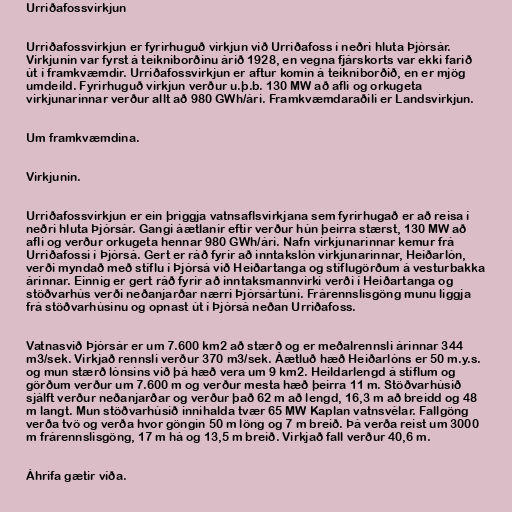
Urriðafossvirkjun

Urriðafossvirkjun er fyrirhuguð virkjun við Urriðafoss í neðri hluta Þjórsár.
Virkjunin var fyrst á teikniborðinu árið 1928, en vegna fjárskorts var ekki farið
út í framkvæmdir. Urriðafossvirkjun er aftur komin á teikniborðið, en er mjög
umdeild. Fyrirhuguð virkjun verður u.þ.b. 130 MW að afli og orkugeta
virkjunarinnar verður allt að 980 GWh/ári. Framkvæmdaraðili er Landsvirkjun.

Um framkvæmdina.

Virkjunin.

Urriðafossvirkjun er ein þriggja vatnsaflsvirkjana sem fyrirhugað er að reisa í
neðri hluta Þjórsár. Gangi áætlanir eftir verður hún þeirra stærst, 130 MW að
afli og verður orkugeta hennar 980 GWh/ári. Nafn virkjunarinnar kemur frá
Urriðafossi í Þjórsá. Gert er ráð fyrir að inntakslón virkjunarinnar, Heiðarlón,
verði myndað með stíflu í Þjórsá við Heiðartanga og stíflugörðum á vesturbakka
árinnar. Einnig er gert ráð fyrir að inntaksmannvirki verði í Heiðartanga og
stöðvarhús verði neðanjarðar nærri Þjórsártúni. Frárennslisgöng munu liggja
frá stöðvarhúsinu og opnast út í Þjórsá neðan Urriðafoss.

Vatnasvið Þjórsár er um 7.600 km2 að stærð og er meðalrennsli árinnar 344
m3/sek. Virkjað rennsli verður 370 m3/sek. Áætluð hæð Heiðarlóns er 50 m.y.s.
og mun stærð lónsins við þá hæð vera um 9 km2. Heildarlengd á stíflum og
görðum verður um 7.600 m og verður mesta hæð þeirra 11 m. Stöðvarhúsið
sjálft verður neðanjarðar og verður það 62 m að lengd, 16,3 m að breidd og 48
m langt. Mun stöðvarhúsið innihalda tvær 65 MW Kaplan vatnsvélar. Fallgöng
verða tvö og verða hvor göngin 50 m löng og 7 m breið. Þá verða reist um 3000
m frárennslisgöng, 17 m há og 13,5 m breið. Virkjað fall verður 40,6 m.

Áhrifa gætir víða.